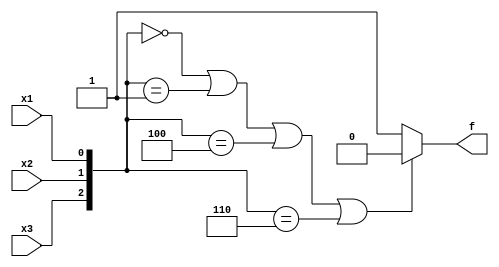
module top_module( 
    input x3,
    input x2,
    input x1,  // three inputs
    output f   // one output
);

wire [2:0] al;

assign al = {x3,x2,x1};

always @(*) begin
    if((al == 3'b000) || (al==3'b001)|| (al==3'b100)|| (al==3'b110)) 
    f = 1'b0;
    else
    f = 1'b1;
end

endmodule